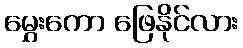
မွှေးကော ဖြေနိုင်လား